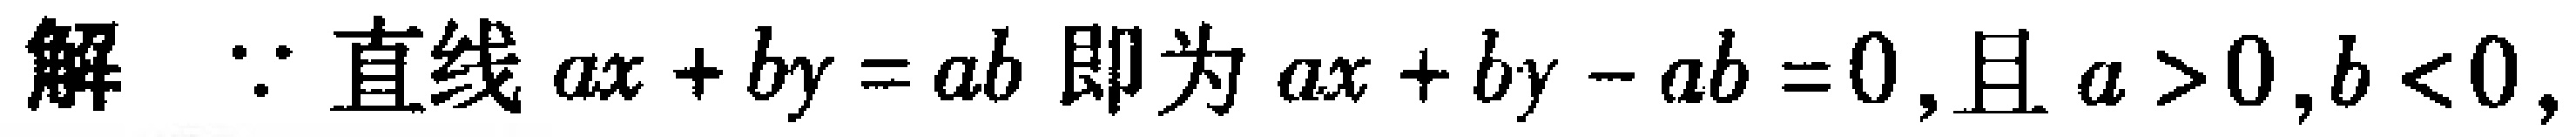
解 $\because$ 直线 $ax + by = ab$ 即为 $ax + by - ab = 0$, 且 $a > 0, b < 0$,